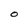
Character: O